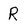
Character: R